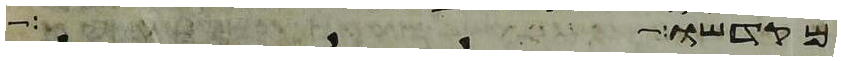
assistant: מקדשו